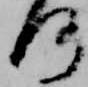
何